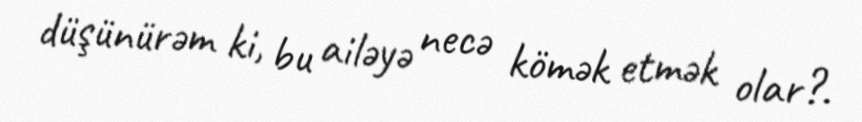
düşünürəm ki, bu ailəyə necə kömək etmək olar?.